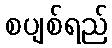
စပျစ်ရည်